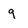
Character: 9